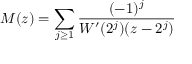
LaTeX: M ( z ) = \sum _ { j \geq 1 } { \frac { ( - 1 ) ^ { j } } { W ^ { \prime } ( 2 ^ { j } ) ( z - 2 ^ { j } ) } }